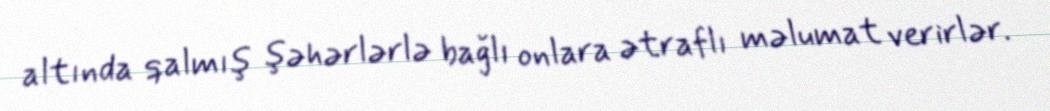
altında qalmış şəhərlərlə bağlı onlara ətraflı məlumat verirlər.